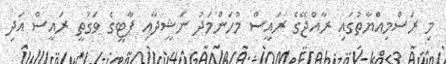
މި ރަސްމިއްޔާތުގައި ރާއްޖޭގެ ރައީސް މުހަންމަދު ނަޝީދާއި ޕާޓީގެ ވަގުތީ ރައީސް އަދި